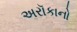
અરૉકાનો